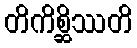
တိကိစ္ဆိဿတိ